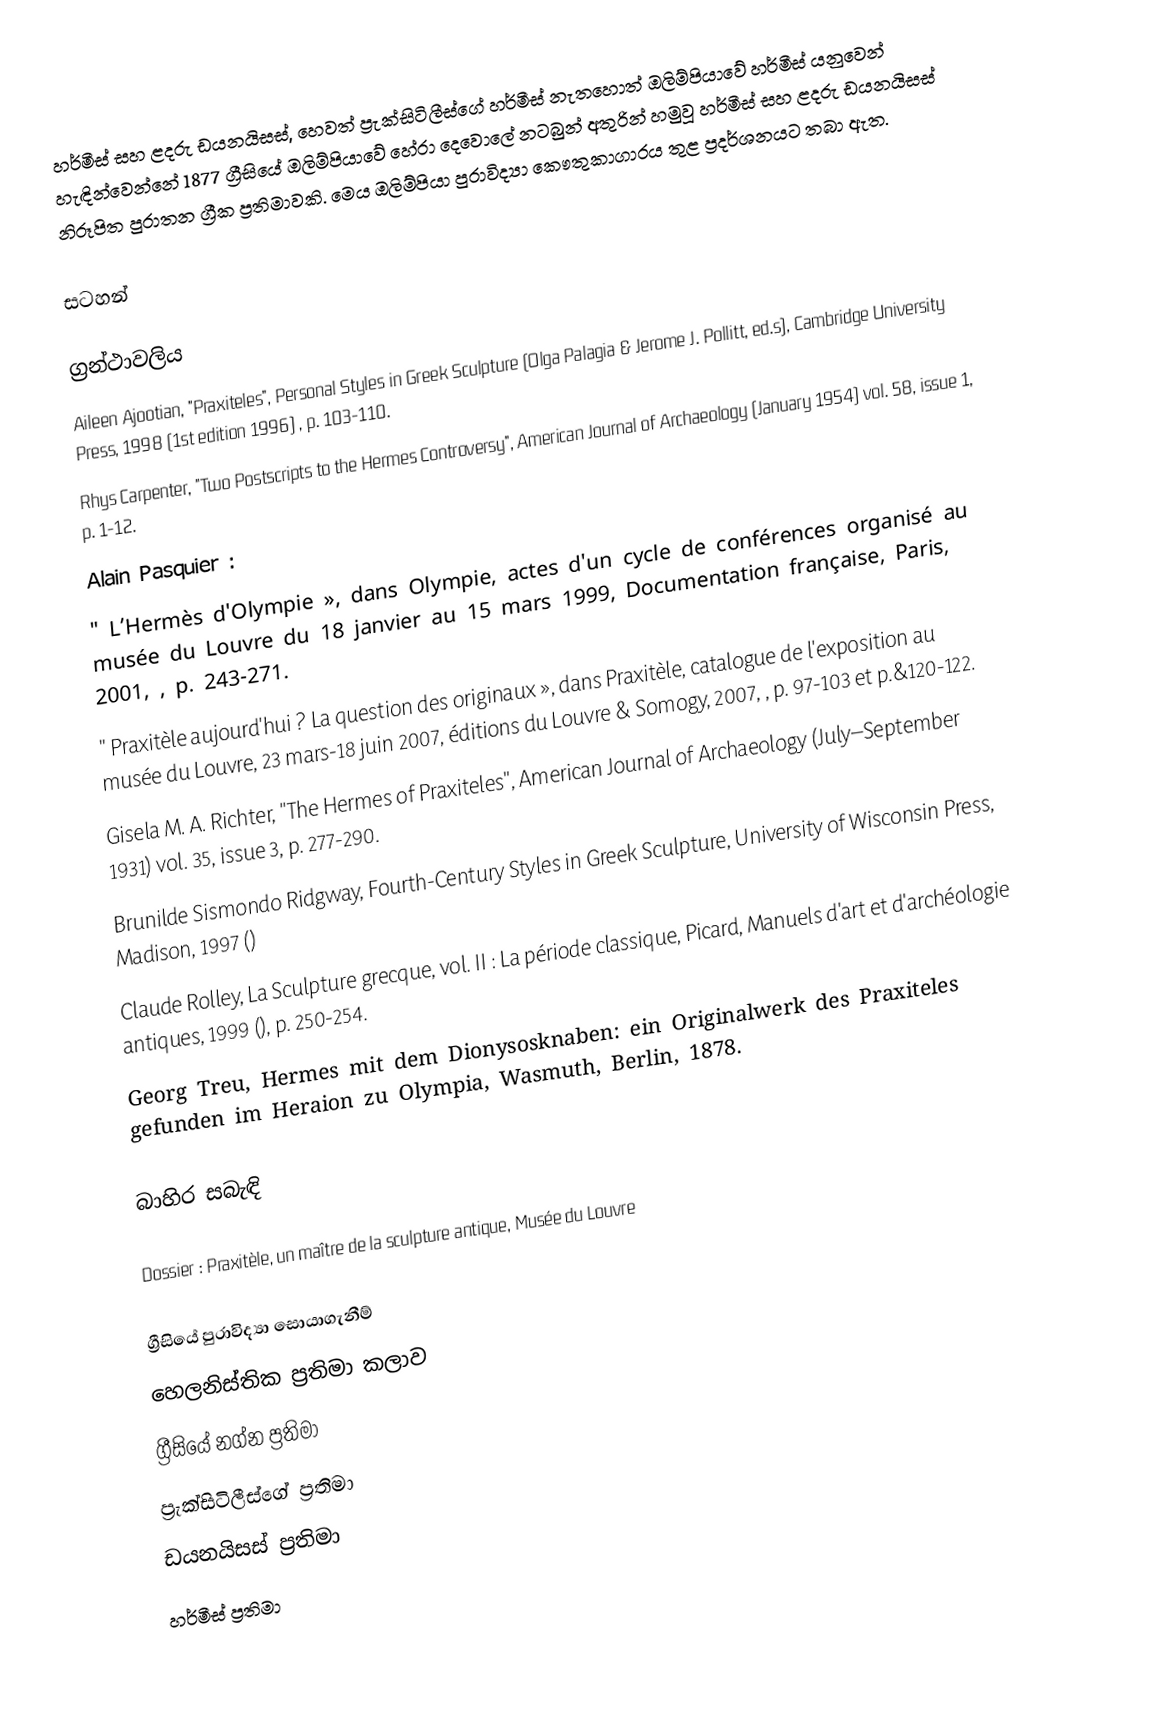
හර්මීස් සහ ළදරු ඩයනයිසස්, හෙවත් ප්‍රැක්සිටිලීස්ගේ හර්මීස් නැතහොත් ඔලිම්පියාවේ හර්මීස් යනුවෙන් හැඳින්වෙන්නේ 1877 ග්‍රීසියේ ඔලිම්පියාවේ හේරා දෙවොලේ නටබුන් අතුරින් හමුවූ හර්මීස් සහ ළදරු ඩයනයිසස් නිරූපිත පුරාතන ග්‍රීක ප්‍රතිමාවකි. මෙය ඔලිම්පියා පුරාවිද්‍යා කෞතුකාගාරය තුළ ප්‍රදර්ශනයට තබා ඇත.

සටහන්

ග්‍රන්ථාවලිය
 Aileen Ajootian, "Praxiteles", Personal Styles in Greek Sculpture (Olga Palagia & Jerome J. Pollitt, ed.s), Cambridge University Press, 1998 (1st edition 1996) , p. 103-110.
 Rhys Carpenter, "Two Postscripts to the Hermes Controversy", American Journal of Archaeology (January 1954) vol. 58, issue 1, p. 1-12.
  Alain Pasquier :
 " L’Hermès d'Olympie », dans Olympie, actes d'un cycle de conférences organisé au musée du Louvre du 18 janvier au 15 mars 1999, Documentation française, Paris, 2001, , p. 243-271.
 " Praxitèle aujourd'hui ? La question des originaux », dans Praxitèle, catalogue de l'exposition au musée du Louvre, 23 mars-18 juin 2007, éditions du Louvre & Somogy, 2007, , p. 97-103 et p.&120-122.
 Gisela M. A. Richter, "The Hermes of Praxiteles", American Journal of Archaeology (July–September 1931) vol. 35, issue 3, p. 277-290.
 Brunilde Sismondo Ridgway, Fourth-Century Styles in Greek Sculpture, University of Wisconsin Press, Madison, 1997 ()
  Claude Rolley, La Sculpture grecque, vol. II : La période classique, Picard, Manuels d'art et d'archéologie antiques, 1999 (), p. 250-254.
  Georg Treu, Hermes mit dem Dionysosknaben: ein Originalwerk des Praxiteles gefunden im Heraion zu Olympia, Wasmuth, Berlin, 1878.

බාහිර සබැඳි

  Dossier : Praxitèle, un maître de la sculpture antique, Musée du Louvre

ග්‍රීසියේ පුරාවිද්‍යා සොයාගැනීම්
හෙලනිස්තික ප්‍රතිමා කලාව
ග්‍රීසියේ නග්න ප්‍රතිමා
ප්‍රැක්සිටිලීස්ගේ ප්‍රතිමා
ඩයනයිසස් ප්‍රතිමා
හර්මීස් ප්‍රතිමා